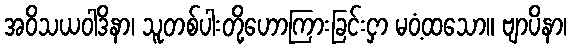
အဝိသယဝါဒိနာ၊ သူတစ်ပါးတို့ဟောကြားခြင်းငှာ မဝံ့ထသော။ ဗျာပိနာ၊